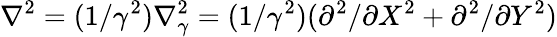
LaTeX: \nabla^{2}=(1/\gamma^{2})\nabla_{\gamma}^{2}=(1/\gamma^{2})(\partial^{2}/\partial X^{2}+\partial^{2}/\partial Y^{2})